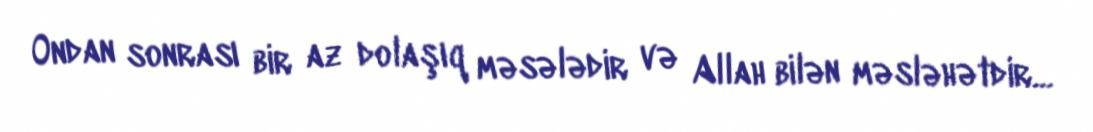
Ondan sonrası bir az dolaşıq məsələdir və Allah bilən məsləhətdir...